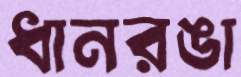
ধানরঙা